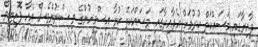
ދާއިރާގައި މަސައްކަތް ކުރުމަށް އެދާއިރާގައި މަސައްކަތް ކުރާ އިސްމީހުންގެ ވިސްނުންވެސް އެހާ ޕޮޒިޓިވް